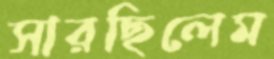
সারছিলেম